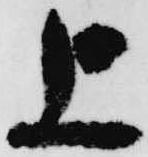
上